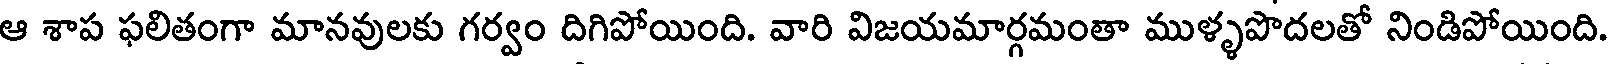
ఆ శాప ఫలితంగా మానవులకు గర్వం దిగిపోయింది. వారి విజయమార్గమంతా ముళ్ళపొదలతో నిండిపోయింది.